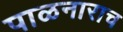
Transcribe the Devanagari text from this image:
पाळनाराच